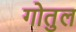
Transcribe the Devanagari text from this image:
गोतुल